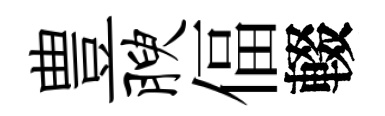
豊腴偪輟